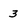
Character: 3